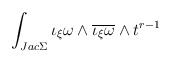
\begin{align*}\int_{Jac \Sigma}\iota_{\xi}\omega\wedge\overline{\iota_{\xi}\omega}\wedge t^{r-1}\end{align*}